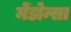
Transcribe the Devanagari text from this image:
मेंडोन्सा